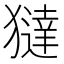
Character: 㺚